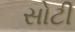
સોટી